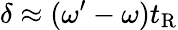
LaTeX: \delta\approx(\omega^{\prime}-\omega)t_{\mathrm{R}}